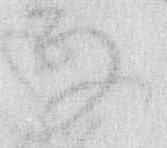
な